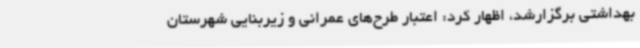
بهداشتی برگزارشد، اظهار کرد: اعتبار طرح‌های عمرانی و زیربنایی شهرستان